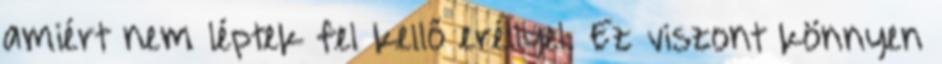
amiért nem léptek fel kellő eréllyel. Ez viszont könnyen